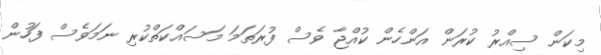
މިކަން ސިއްރު ކުރަން އަންހެން ކުއްޖާ ވެސް ފުރަތަމަ މަސައްކަތްކުރި ނަމަވެސް ފަހުން